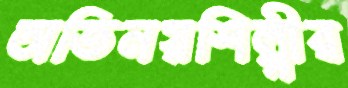
অভিনয়শিল্পীর